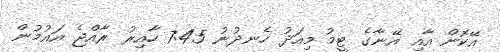
އޭކޮން އާއި އޭނާގެ ޓީމު މިއަދު ހެނދުނު 7:45 ހާއިރު ރާއްޖެ އައުމުން